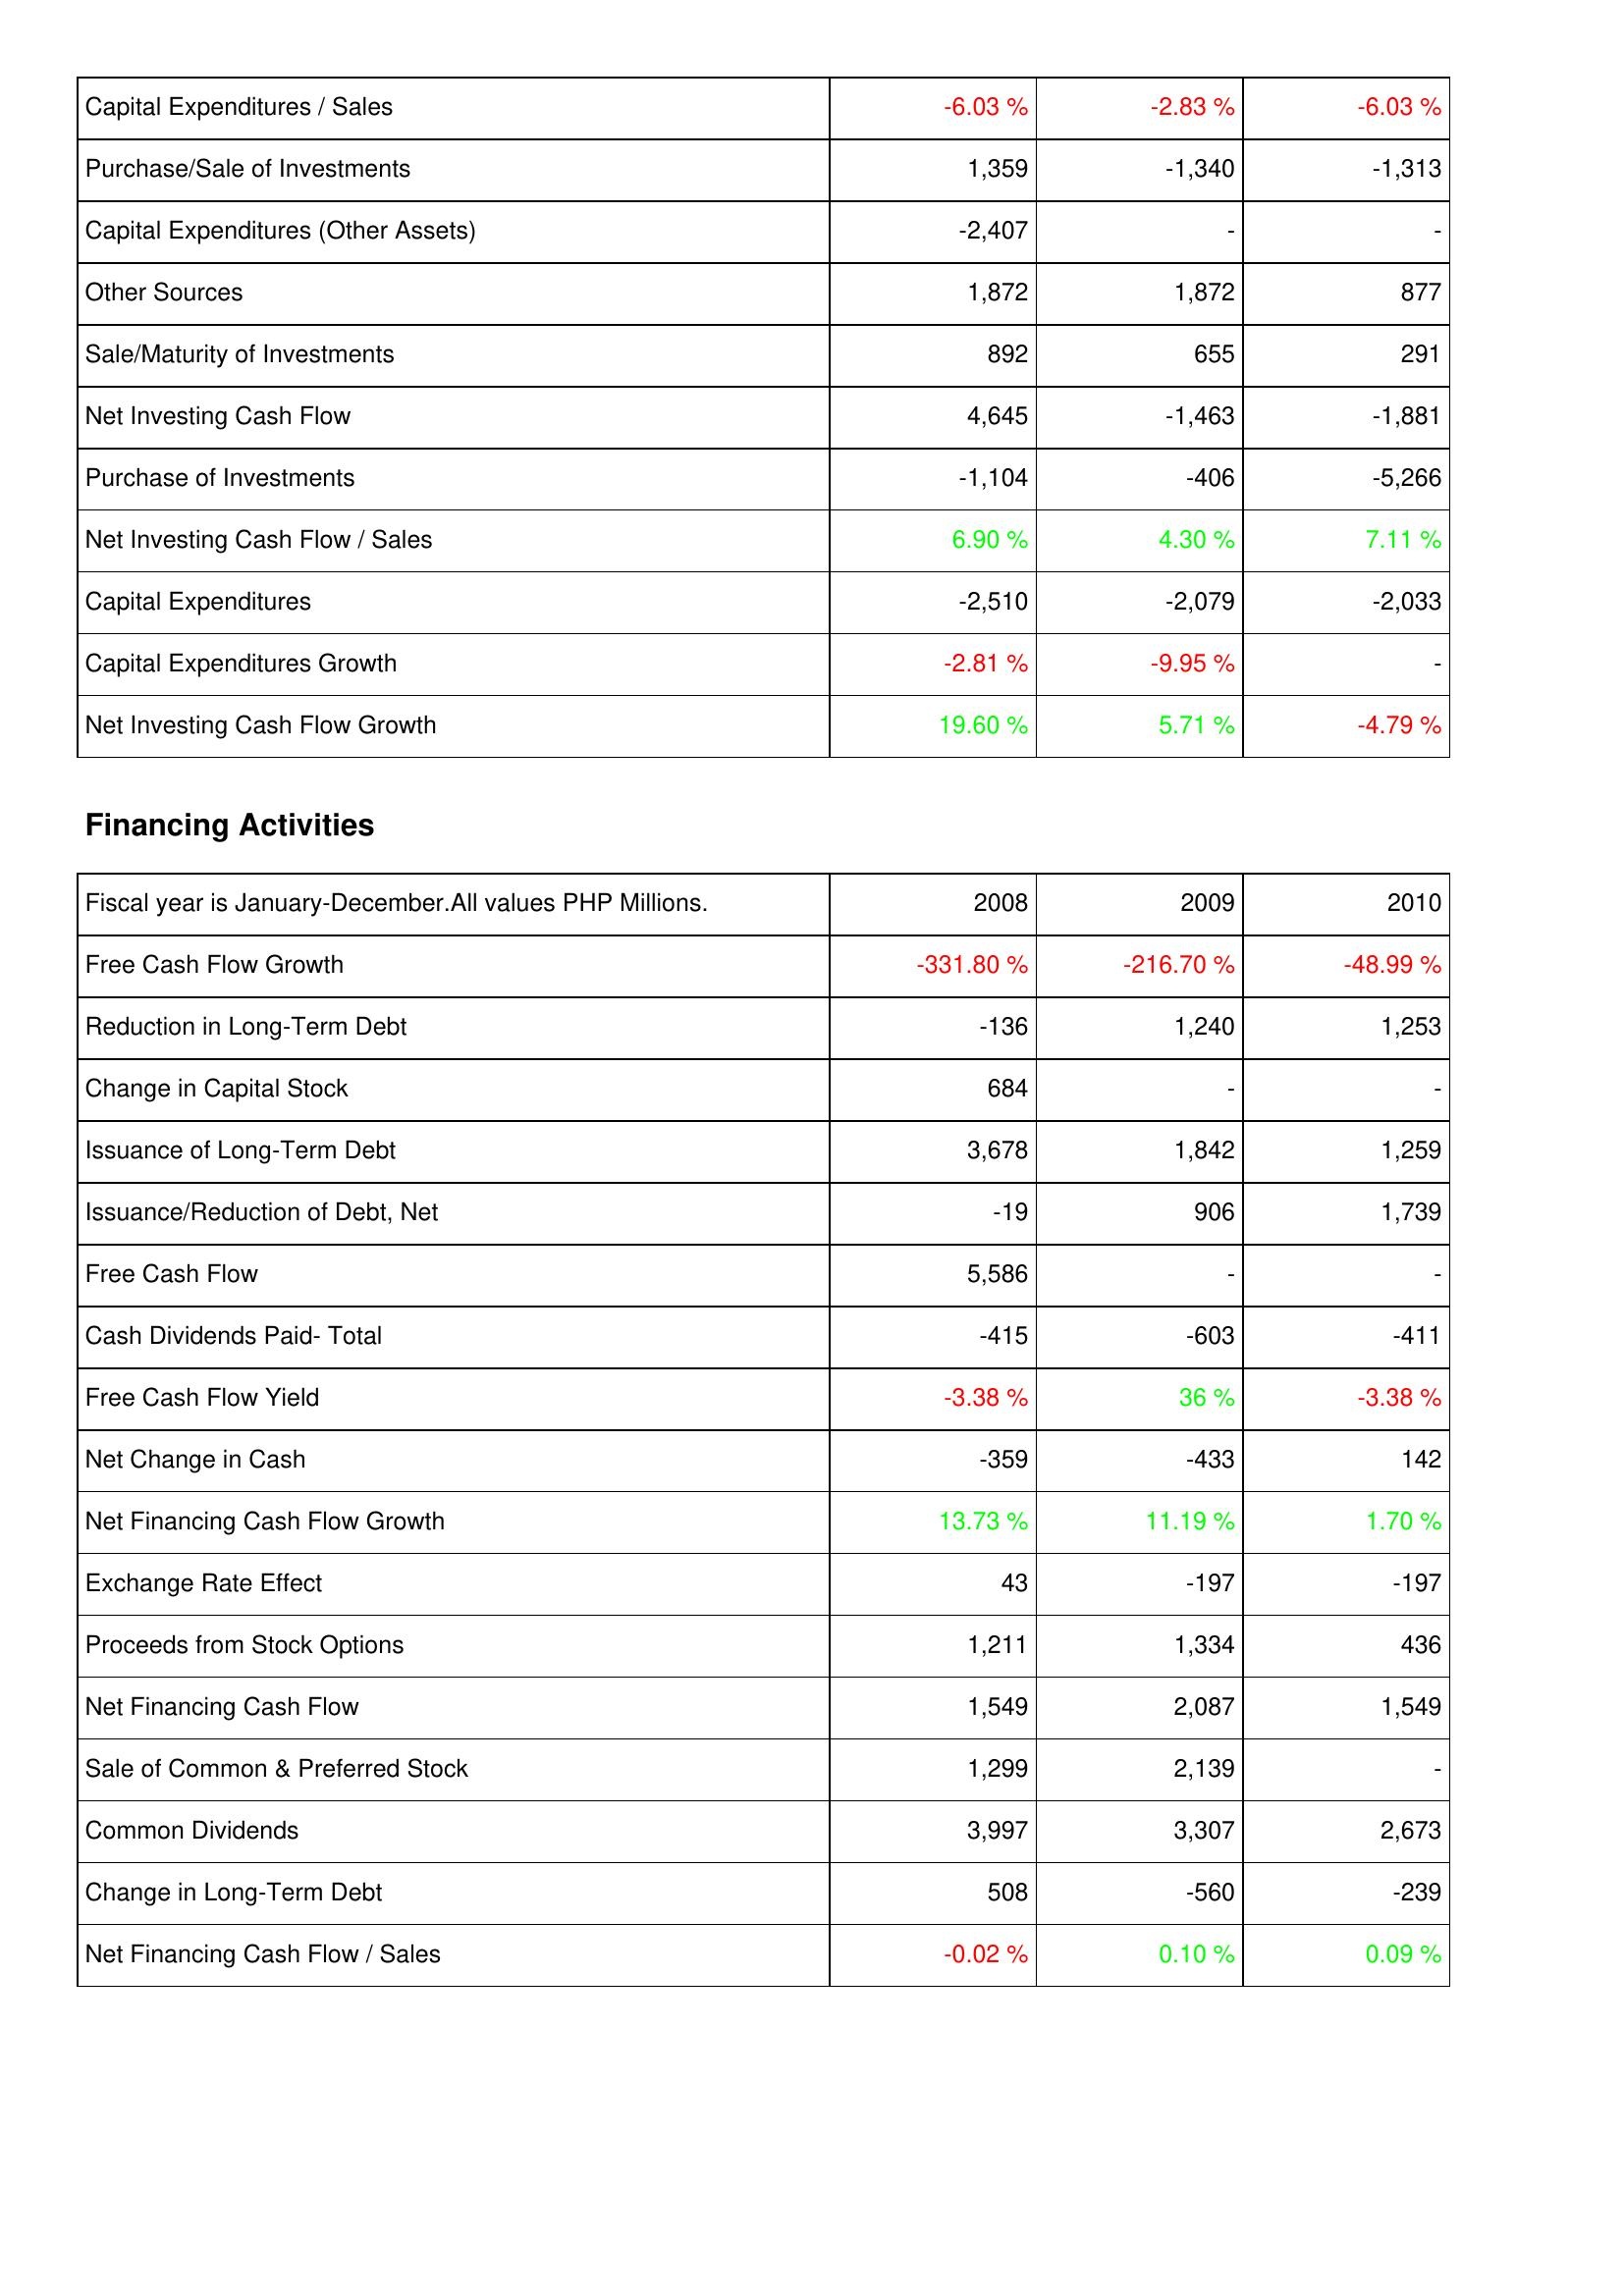
2008: Investing Activities: Capital Expenditures / Sales: -6.03 %
Purchase/Sale of Investments: 1,359
Capital Expenditures (Other Assets): -2,407
Other Sources: 1,872
Sale/Maturity of Investments: 892
Net Investing Cash Flow: 4,645
Purchase of Investments: -1,104
Net Investing Cash Flow / Sales: 6.90 %
Capital Expenditures: -2,510
Capital Expenditures Growth: -2.81 %
Net Investing Cash Flow Growth: 19.60 %
Financing Activities: Free Cash Flow Growth: -331.80 %
Reduction in Long-Term Debt: -136
Change in Capital Stock: 684
Issuance of Long-Term Debt: 3,678
Issuance/Reduction of Debt, Net: -19
Free Cash Flow: 5,586
Cash Dividends Paid- Total: -415
Free Cash Flow Yield: -3.38 %
Net Change in Cash: -359
Net Financing Cash Flow Growth: 13.73 %
Exchange Rate Effect: 43
Proceeds from Stock Options: 1,211
Net Financing Cash Flow: 1,549
Sale of Common & Preferred Stock: 1,299
Common Dividends: 3,997
Change in Long-Term Debt: 508
Net Financing Cash Flow / Sales: -0.02 %
2009: Investing Activities: Capital Expenditures / Sales: -2.83 %
Purchase/Sale of Investments: -1,340
Capital Expenditures (Other Assets): -
Other Sources: 1,872
Sale/Maturity of Investments: 655
Net Investing Cash Flow: -1,463
Purchase of Investments: -406
Net Investing Cash Flow / Sales: 4.30 %
Capital Expenditures: -2,079
Capital Expenditures Growth: -9.95 %
Net Investing Cash Flow Growth: 5.71 %
Financing Activities: Free Cash Flow Growth: -216.70 %
Reduction in Long-Term Debt: 1,240
Change in Capital Stock: -
Issuance of Long-Term Debt: 1,842
Issuance/Reduction of Debt, Net: 906
Free Cash Flow: -
Cash Dividends Paid- Total: -603
Free Cash Flow Yield: 36 %
Net Change in Cash: -433
Net Financing Cash Flow Growth: 11.19 %
Exchange Rate Effect: -197
Proceeds from Stock Options: 1,334
Net Financing Cash Flow: 2,087
Sale of Common & Preferred Stock: 2,139
Common Dividends: 3,307
Change in Long-Term Debt: -560
Net Financing Cash Flow / Sales: 0.10 %
2010: Investing Activities: Capital Expenditures / Sales: -6.03 %
Purchase/Sale of Investments: -1,313
Capital Expenditures (Other Assets): -
Other Sources: 877
Sale/Maturity of Investments: 291
Net Investing Cash Flow: -1,881
Purchase of Investments: -5,266
Net Investing Cash Flow / Sales: 7.11 %
Capital Expenditures: -2,033
Capital Expenditures Growth: -
Net Investing Cash Flow Growth: -4.79 %
Financing Activities: Free Cash Flow Growth: -48.99 %
Reduction in Long-Term Debt: 1,253
Change in Capital Stock: -
Issuance of Long-Term Debt: 1,259
Issuance/Reduction of Debt, Net: 1,739
Free Cash Flow: -
Cash Dividends Paid- Total: -411
Free Cash Flow Yield: -3.38 %
Net Change in Cash: 142
Net Financing Cash Flow Growth: 1.70 %
Exchange Rate Effect: -197
Proceeds from Stock Options: 436
Net Financing Cash Flow: 1,549
Sale of Common & Preferred Stock: -
Common Dividends: 2,673
Change in Long-Term Debt: -239
Net Financing Cash Flow / Sales: 0.09 %